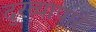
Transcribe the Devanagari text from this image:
दुरव्यापार